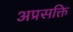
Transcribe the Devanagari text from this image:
अप्रसक्ति